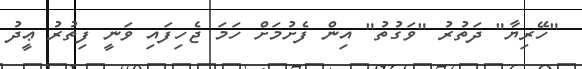
"ހޭރިޔާ" ދަތުރު "ވަގުތު" އިން ފެށުމަށް ހަމަ ޖެހިފައި ވަނީ ފިތުރު ޢީދު